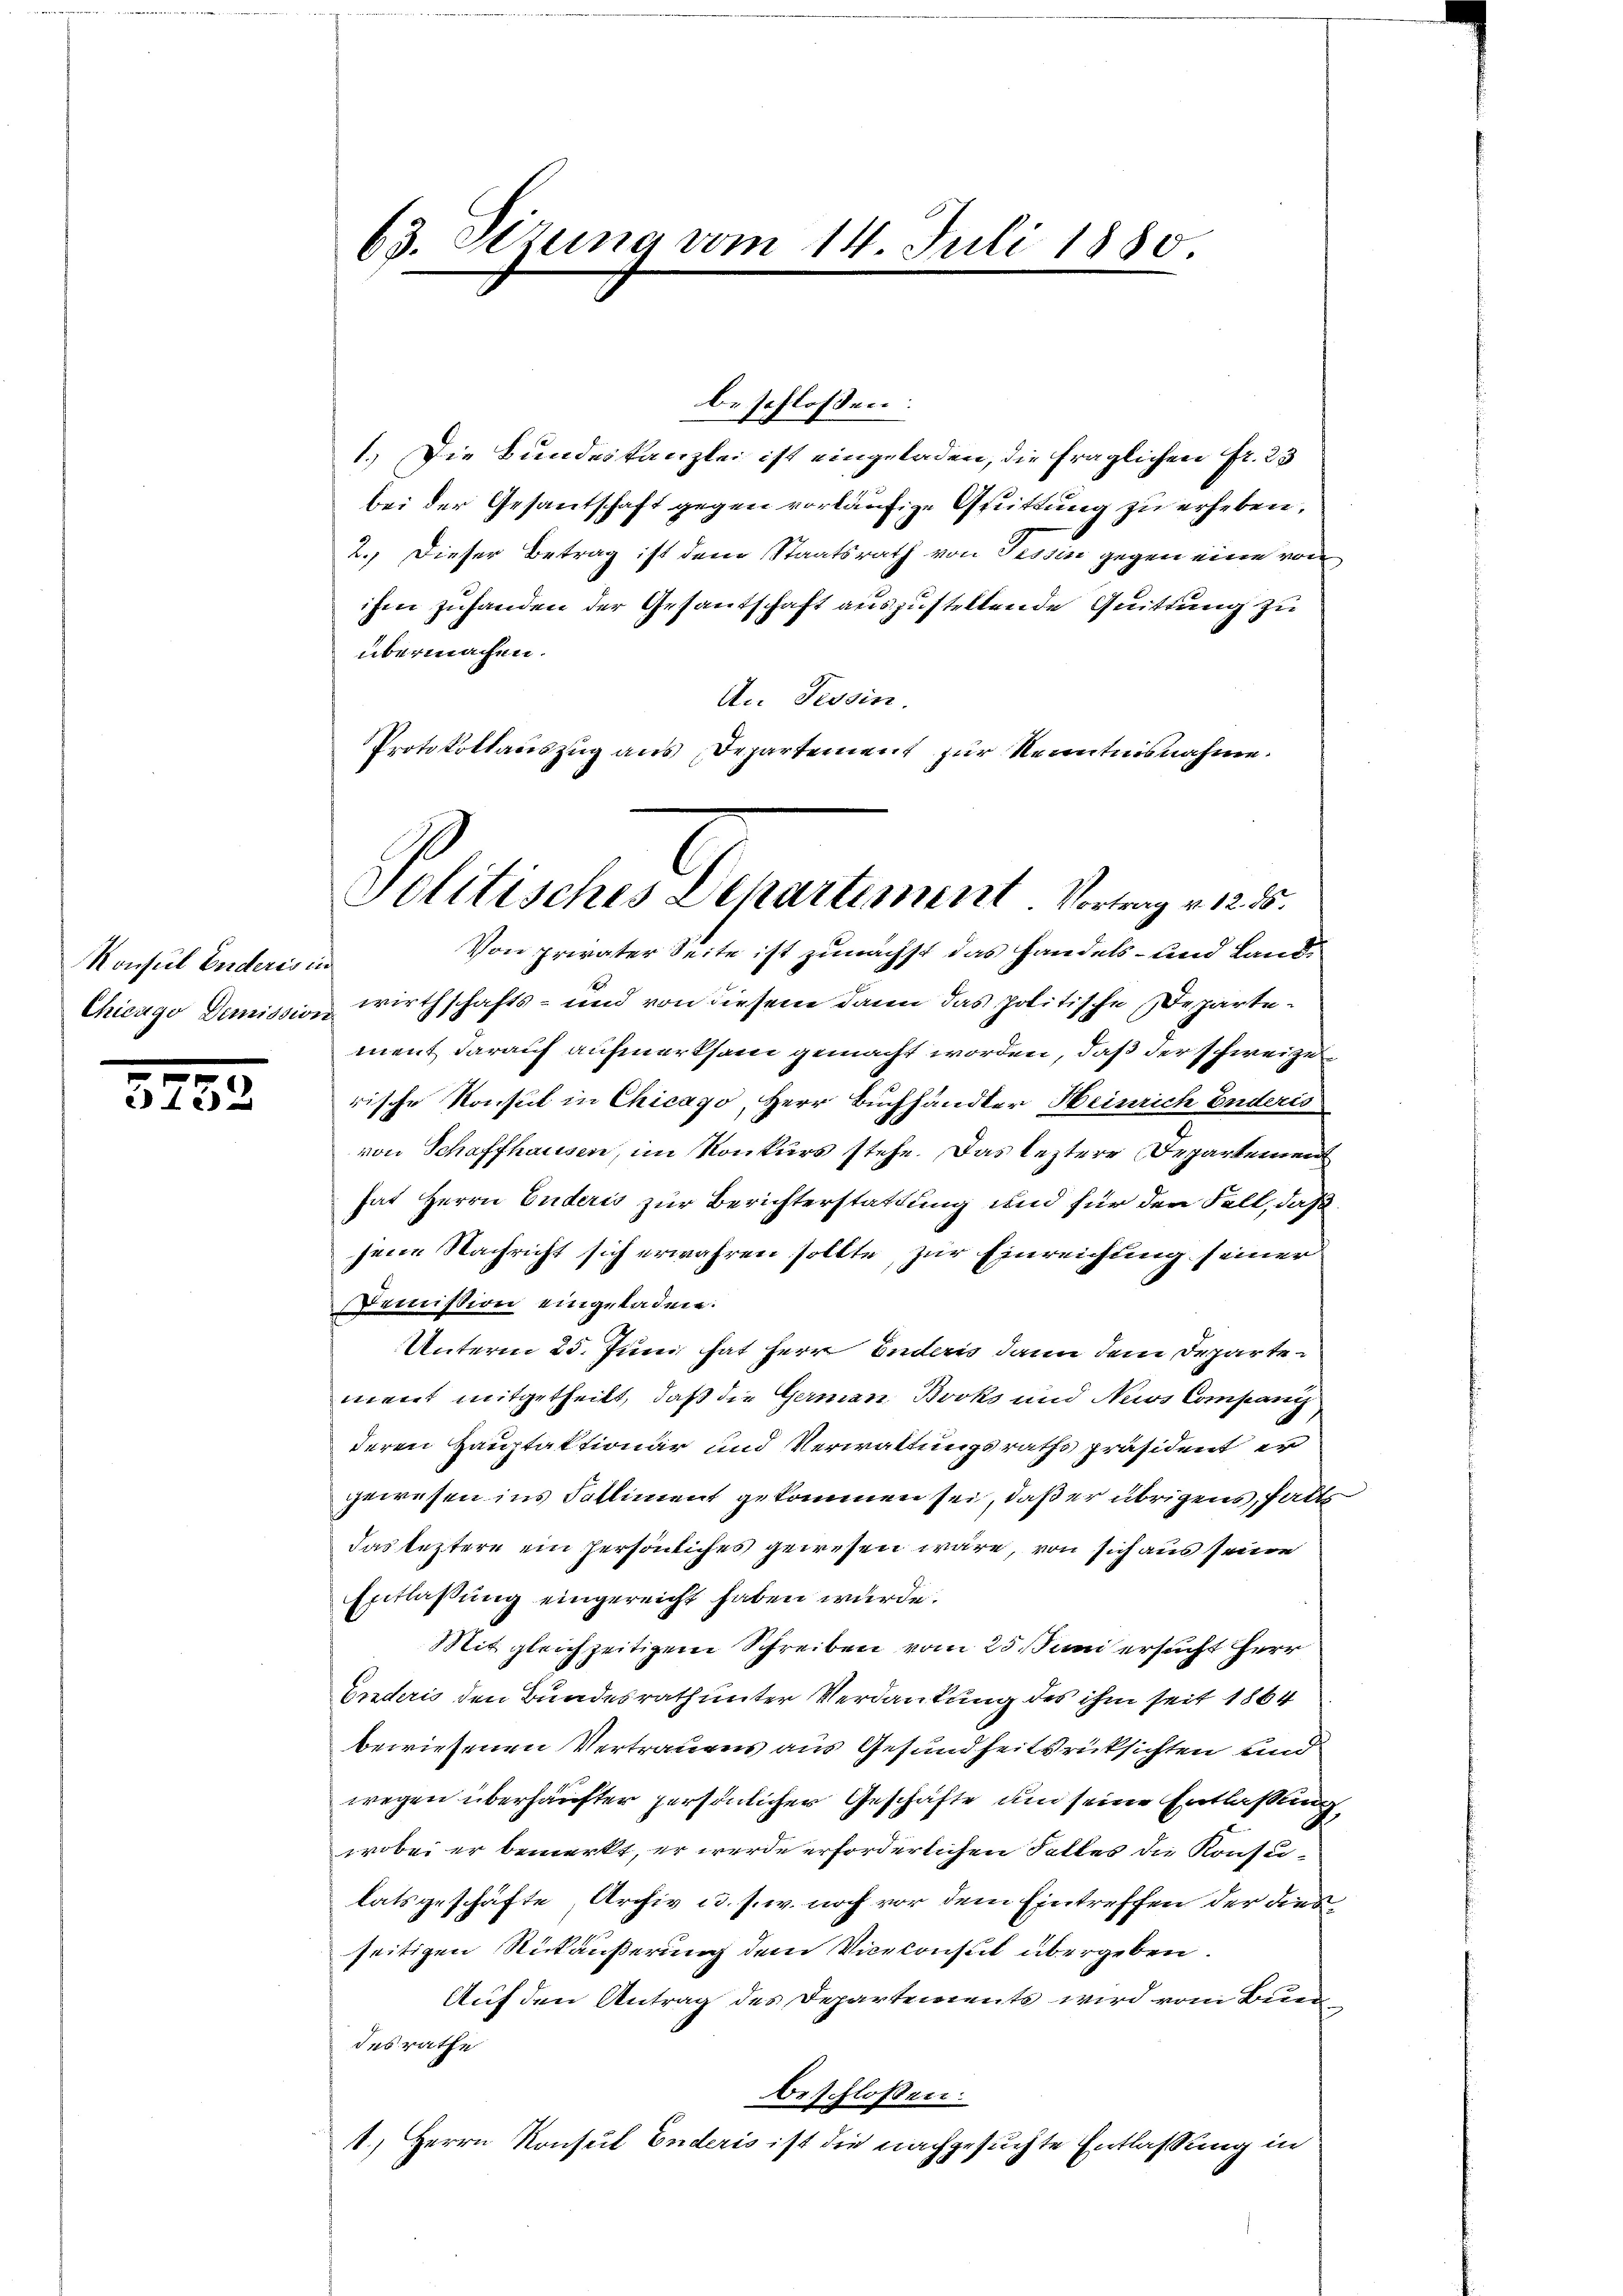
Konsul Enderis in
Chicago Demission

5752

63. Sitzung vom 14. Juli 1880.

Politisches Departement Vortrag v. 1255.

beschlossen:
1.) Die Bundeskanzlei ist eingeladen, die fraglichen Fr. 23
bei der Gesantschaft gegen vorläufige Quittung zu erheben,
2. Dieser Betrag ist dem Staatsrath von Tessin gegen eine von
ihm zuhanden der Gesantschaft auszustellende Quittung zu
übermachen.
An Tessin.
Protokollauszug aus Departement zur Kenntnisnahme.
Von privater Seite ist zunächst das Handels- und Land¬
u wirthschafts- und von diesem dann das politische Departement darauf aufmerksam gemacht worden, daß der schweize
rische Konsul in Chicago, Herr Buchhändler Heinrich Enderis
von Schaffhausen, im Konkurs stehe. Das leztere Departement
hat Herrn Enderis zur Berichterstattung und für den Fall, daß
jene Nachricht sich erwahren sollte, zur Einreichung seiner
Demission eingeladen.
Unterm 25. Juni hat Herr Indern dann dem Departement mitgetheilt, daß die Germann Bocks und Nuos Compani
deren Hauptaktionar und Verwaltungsraths Präsident er
gewesen ins Falliment gekommen sei, daß er übrigens, halts
das leztere ein persönliches gewesen wäre, von sich aus seine
Entlaßung eingereicht haben würde.
Mit gleichzeitigem Schreiben vom 25. Juni ersucht Herr
Enderis den Bundesrath unter Verdankung des ihm seit 1864
bewiesenen Vertrauens aus Gesundheitsrücksichten und
wegen überhäufter persönlicher Geschäfte um seine Entlaßung,
wobei er bemerkt, er werde erforderlichen Falles die Konsulatsgeschäfte, Archiv u. s. w. noch vor dem Eintreffen der dies
seitigen Rückäußerung dem Vicekonsut übergeben.
Auf den Antrag des Departements wird vom Bun
desrathe
beschlossen:
1.) Herrn Konsul Enderis ist die nachgesuchte Entlassung in